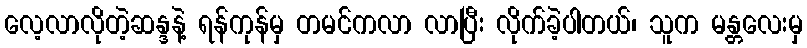
လေ့လာလိုတဲ့ဆန္ဒနဲ့ ရန်ကုန်မှ တမင်ကလာ လာပြီး လိုက်ခဲ့ပါတယ်၊ သူက မန္တလေးမှ